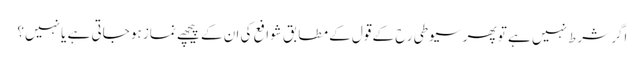
اگر شرط نہیں ہے تو پھر سیوطی رح کے قول کے مطابق شوافع کی ان کے پیچھے نماز ہو جاتی ہے یا نہیں؟